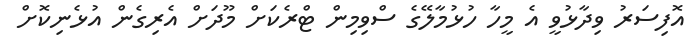
އޮފިސަރު ވިދާޅުވީ އެ މީހާ ހުޅުމާލޭގެ ސްވިމިން ޓްރެކަށް މޫދަށް އެރިގެން އުޅެނިކޮށް